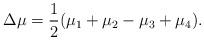
LaTeX: \begin{align*} \Delta\mu = \frac{1}{2} (\mu_1 + \mu_2 - \mu_3 + \mu_4).\end{align*}